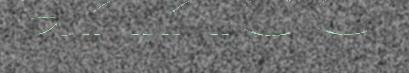
annoo